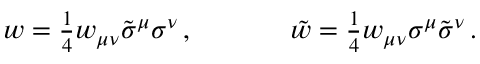
\begin{array} { c c } { { w = \textstyle { \frac { 1 } { 4 } } w _ { \mu \nu } \tilde { \sigma } ^ { \mu } \sigma ^ { \nu } \, , ~ ~ ~ ~ } } & { { ~ ~ ~ ~ \tilde { w } = \textstyle { \frac { 1 } { 4 } } w _ { \mu \nu } \sigma ^ { \mu } \tilde { \sigma } ^ { \nu } \, . } } \end{array}